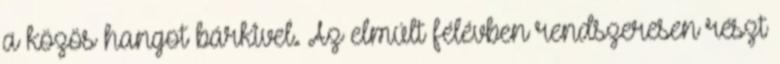
a közös hangot bárkivel. Az elmúlt félévben rendszeresen részt